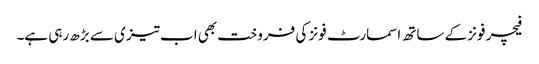
فیچر فونز کے ساتھ اسمارٹ فونز کی فروخت بھی اب تیزی سے بڑھ رہی ہے۔